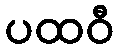
ပထဝီ